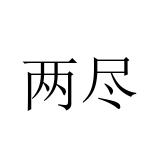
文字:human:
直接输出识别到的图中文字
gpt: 两尽